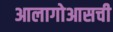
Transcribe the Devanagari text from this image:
आलागोआसची